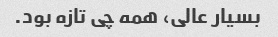
بسیار عالی، همه چی تازه بود.